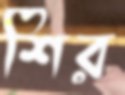
শির